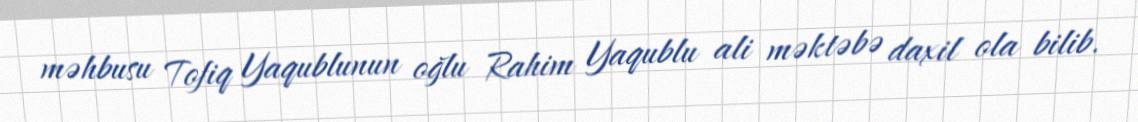
məhbusu Tofiq Yaqublunun oğlu Rahim Yaqublu ali məktəbə daxil ola bilib.